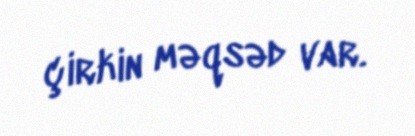
çirkin məqsəd var.